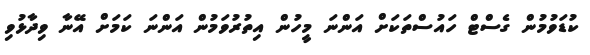
ކުޑަވުމުން ގެސްޓް ހައުސްތަކަށް އަންނަ މީހުން އިތުރުވަމުން އަންނަ ކަމަށް އޭނާ ވިދާޅުވި